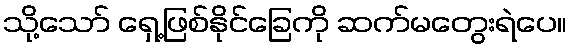
သို့သော် ရှေ့ဖြစ်နိုင်ခြေကို ဆက်မတွေးရဲပေ။